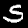
Digit: 5